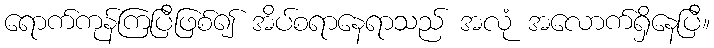
ရောက်ကုန်ကြပြီဖြစ်၍ အိပ်စရာနေရာသည် အလုံ အလောက်ရှိနေပြီ။